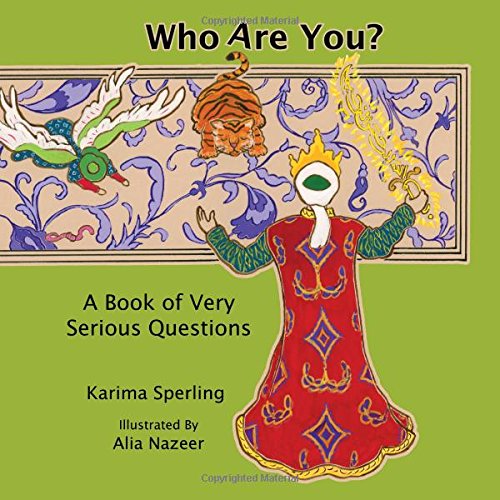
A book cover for Who Are You? A Book of Very Serious Questions; Karima Sperling; Children's Books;